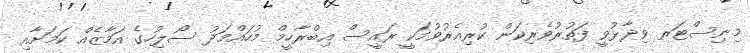
މިނިސްޓަރ ވިދާޅުވީ ފަތުރުވެރިކަން ކުރިއެރުވުމަކީ ރައީސް އިބްރާހީމް މުހައްމަދު ސޯލިހުގެ އަމާޒެއް ކަމަށާއި